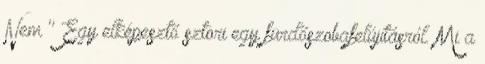
Nem " Egy elképesztő sztori egy fürdőszobafelújításról. Mi a